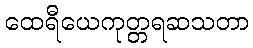
ထေရီယေကုတ္တရဆသတာ